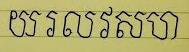
យ រ ល វ ស ហ